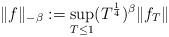
LaTeX: \begin{align*}\|f\|_{-\beta}:= \displaystyle\sup_{T \leq 1} (T^{\frac{1}{4}})^{\beta} \| f_T \| \end{align*}